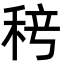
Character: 𬓨